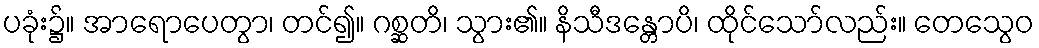
ပခုံး၌။ အာရောပေတွာ၊ တင်၍။ ဂစ္ဆတိ၊ သွား၏။ နိသီဒန္တောပိ၊ ထိုင်သော်လည်း။ တေသွေဝ